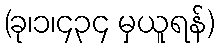
(ခု၊၁၊၄၃၄ မှယူရန်)